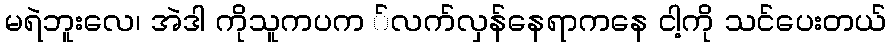
မရဲဘူးလေ၊ အဲဒါ ကိုသူကပက ်လက်လှန်နေရာကနေ ငါ့ကို သင်ပေးတယ်